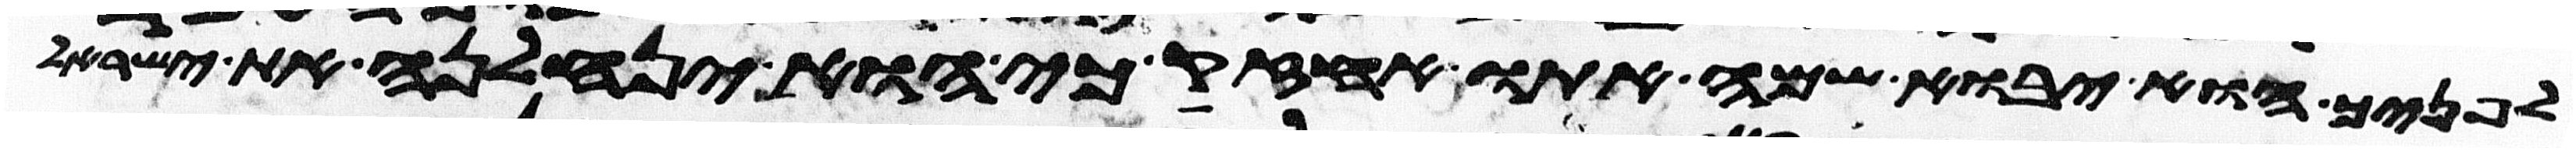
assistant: לפניך הוא יבוא שמה אתו אחזיק כי הוא ינחלנה את ישראל